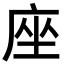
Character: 座